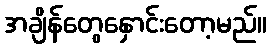
အချိန်တွေနှောင်းတော့မည်။